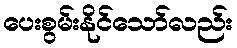
ပေးစွမ်းနိုင်သော်လည်း